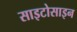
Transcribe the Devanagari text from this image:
साइटोसाइन